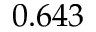
0 . 6 4 3